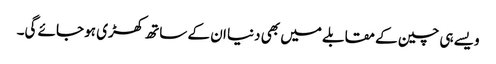
ویسے ہی چین کے مقابلے میں بھی دنیا ان کے ساتھ کھڑی ہو جائے گی۔